Mental hospitals Bombay report 1929-33 - 1929-1933
Year: 1929
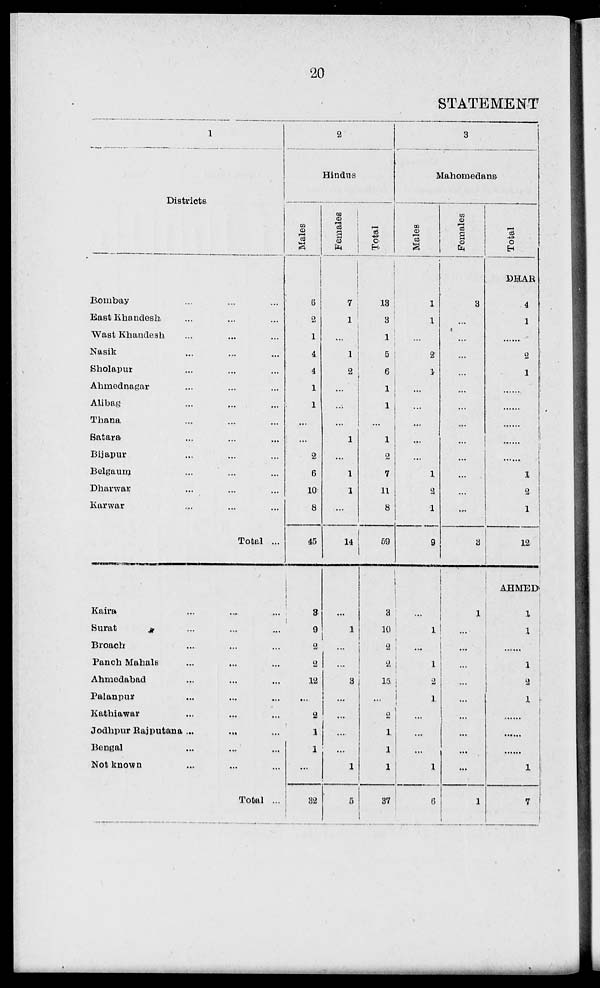
20
STATEMENT
1
Districts
Bombay
...
...
...
East Khandesh
...
...
...
Wast Khandesh
...
...
...
Nasik
...
...
...
Sholapur
...
...
...
Ahmednagar
...
...
...
Alibag
...
...
...
Thana
...
...
...
Satara
...
...
...
Bijapur
...
...
...
Belgaum
...
...
...
Dharwar
...
...
...
Karwar
...
...
...
Total ...
Kaira ... ... ...
Surat
...
...
...
Broach
...
...
...
Panch Mahals
...
...
...
Ahmedabad
...
...
...
Palanpur
...
...
...
Kathiawar
...
...
...
Jodhpur Rajputana
...
...
...
Bengal
...
...
...
Not known
...
...
...
Total ...
2
Hindus
Males
6
2
1
4
4
1
1
...
...
2
6
10
8
45
3
9
2
2
12
...
2
1
1
...
32
Females
7
1
...
1
2
...
...
...
1
...
1
1
...
14
...
1
...
....
3
...
...
...
...
1
5
Total
13
3
1
5
6
1
1
...
1
2
7
11
8
59
3
10
2
2
15
...
2
1
1
1
37
3
Mahoroedans
Males
1
1
...
2
1
...
...
...
...
...
1
2
1
9
...
1
...
1
2
1
...
...
...
1
6
Females
3
...
...
...
...
...
...
...
...
...
...
...
...
3
1
...
...
...
...
...
...
...
...
...
1
Total
DHAR
4
1
......
2
1
......
......
......
......
......
1
2
1
12
AHMED
1
1
......
1
2
1
......
......
......
1
7